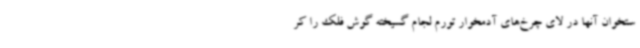
ستخوان آنها در لای چرخ‌های آدمخوار تورم لجام گسیخته گوش فلک را کر